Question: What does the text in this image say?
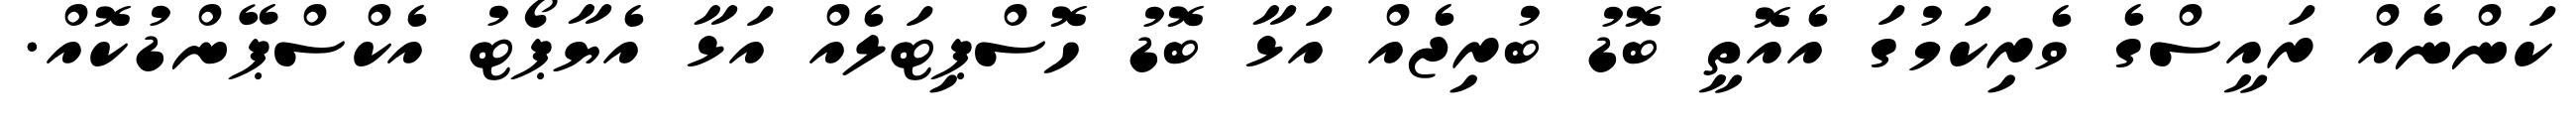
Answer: ކަންނެއް ރައީސްގެ ވެރިކަމުގަ އެއޮތީ ބޮޑު ބުރިޖެއް އަޅާ ބޮޑު ހޮސްޕިޓަލެއް އަޅާ އެޔާޕޯޓު އެކްސްޕޭންޑުކޮއް.